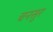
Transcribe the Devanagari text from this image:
चनसुर